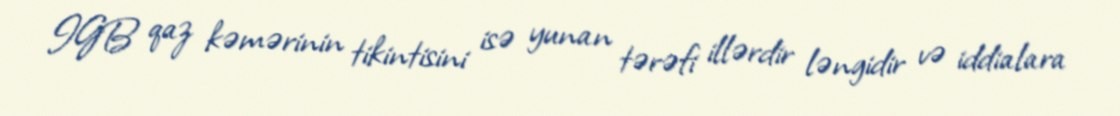
IGB qaz kəmərinin tikintisini isə yunan tərəfi illərdir ləngidir və iddialara